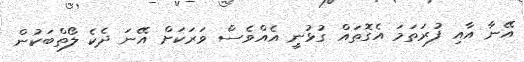
އޭނާ އާއި ފުރަތަމަ އެގޮތައް ގުޅުނީ އެއްވެސް ވަރަކަށް އޭނަ ދެކެ ލޯތްބަކުން